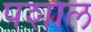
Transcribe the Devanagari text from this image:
पशाल